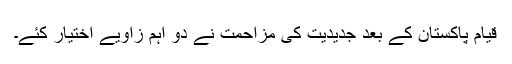
قیام پاکستان کے بعد جدیدیت کی مزاحمت نے دو اہم زاویے اختیار کئے۔